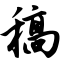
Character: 稿